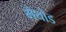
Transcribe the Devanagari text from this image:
मैथोड